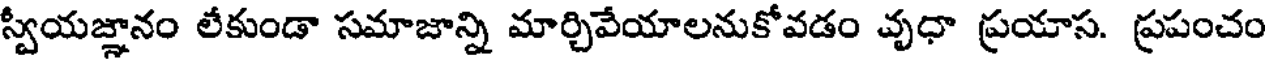
స్వీయజ్ఞానం లేకుండా సమాజాన్ని మార్చివేయాలనుకోవడం వృధా ప్రయాస. ప్రపంచం